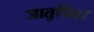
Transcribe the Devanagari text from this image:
जातुचित्।